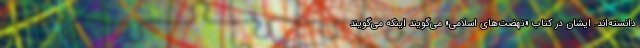
دانسته‌اند. ایشان در کتاب «نهضت‌های اسلامی» می‌گویند اینکه می‌گویند